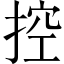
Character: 控